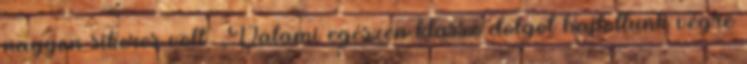
nagyon sikeres volt. „Valami egészen klassz dolgot hajtottunk végre